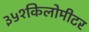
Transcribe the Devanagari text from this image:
३५१किलोमीटर